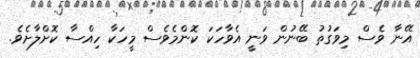
އޭނާ ވެސް މިވަގުތު ބޭނުން ވަނީ އެވާހަކަ ކޮންމެވެސް މީހަކާ ހިއްސާ ކޮށްލާށެވެ.